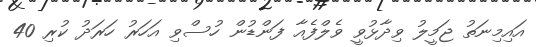
އައިމިނަތު ޖަމީލު ވިދާޅުވީ ވެލްފެއާ ފަންޑުން ހުސްވި އަހަރު ހަރަދު ކުރި 40